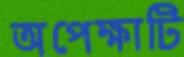
অপেক্ষাটি